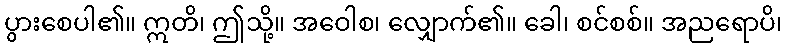
ပွားစေပါ၏။ ဣတိ၊ ဤသို့။ အဝေါစ၊ လျှောက်၏။ ခေါ၊ စင်စစ်။ အညရောပိ၊